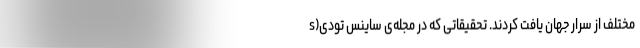
مختلف از سرار جهان یافت کردند. تحقیقاتی که در مجله‌ی ساینس تودی(s